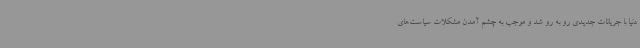
دنیا با جریانات جدیدی رو به رو شد و موجب به چشم آمدن مشکلات سیاست‌های